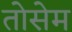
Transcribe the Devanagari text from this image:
तोसेम